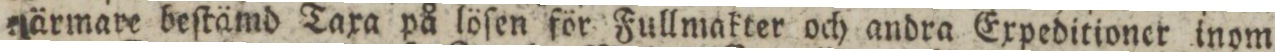
närmare beſtämd Taxa på löſen för Fullmakter och andra Expeditioner inom